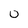
Character: 0